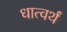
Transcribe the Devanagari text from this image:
धात्वर्थं